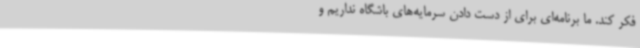
فکر کند. ما برنامه‌ای برای از دست دادن سرمایه‌های باشگاه نداریم و